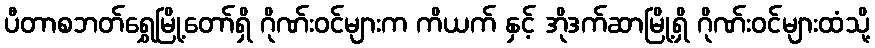
ပီတာစဘတ်ရွှေမြို့တော်ရှိ ဂိုဏ်းဝင်များက ကိယက် နှင့် အိုဒက်ဆာမြို့ရှိ ဂိုဏ်းဝင်များထံသို့